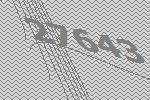
27643